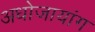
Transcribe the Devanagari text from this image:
अधोजायांग